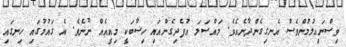
ވިސްނައިލުމުންވެސް އެނގިގެންދާނެއެވެ. މައްސަލަ އުފެދިގެންއައި ހިސާބަކީ މިއީއެއް ނޫނެވެ. އެ ގައުމުގައި ހިނގައި